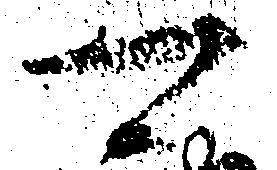
可